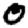
Digit: 0